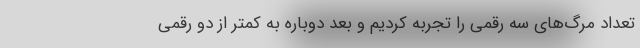
تعداد مرگ‌های سه رقمی را تجربه کردیم و بعد دوباره به کمتر از دو رقمی